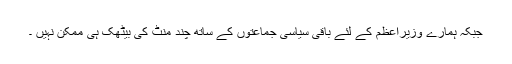
جبکہ ہمارے وزیراعظم کے لئے باقی سیاسی جماعتوں کے ساتھ چند منٹ کی بیٹھک ہی ممکن نہیں ۔